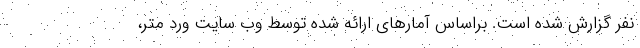
نفر گزارش شده است. براساس آمارهای ارائه شده توسط وب سایت ورد متر،